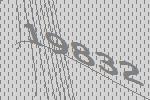
19832